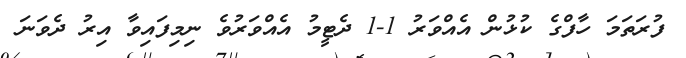
ފުރަތަމަ ހާފްގެ ކުޅުން އެއްވަރު 1-1 ދެޓީމު އެއްވަރުވެ ނިމިފައިވާ އިރު ދެވަނަ